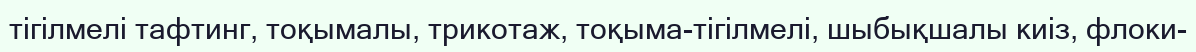
тігілмелі тафтинг, тоқымалы, трикотаж, тоқыма-тігілмелі, шыбықшалы киіз, флоки-